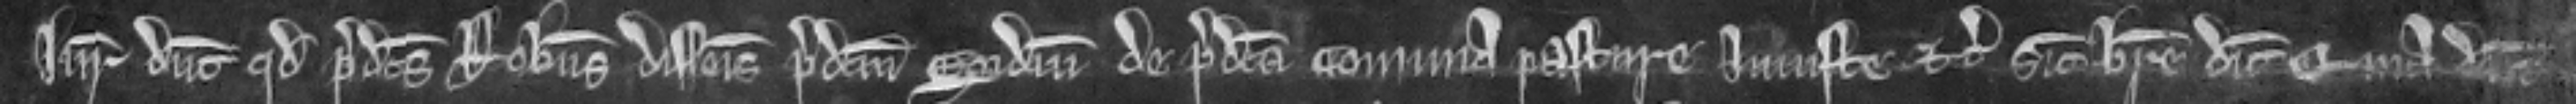
Juratores dicunt quod predictus Robertus disseisivit predictum Egidium de predicta comuna pasture Iniuste etc. sicut breve dicit Quia dicunt